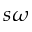
s \omega